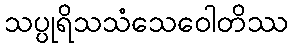
သပ္ပုရိသသံသေဝေါတိဿ